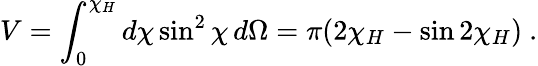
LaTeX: V=\int_{0}^{\chi_{H}}d\chi\sin^{2}\chi\, d\Omega=\pi(2\chi_{H}-\sin 2\chi_{H})\ .